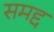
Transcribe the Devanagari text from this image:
समद्द